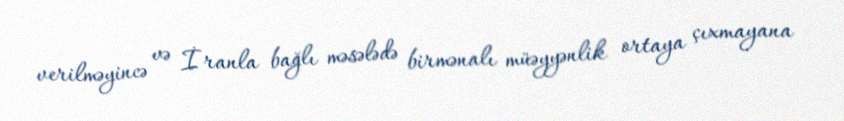
verilməyincə və İranla bağlı məsələdə birmənalı müəyyənlik ortaya çıxmayana